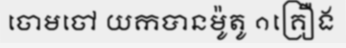
ចោមចៅ យកបានម៉ូតូ ១គ្រឿង